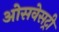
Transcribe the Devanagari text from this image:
ओसवेसट्री